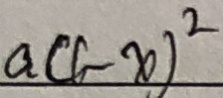
a ( C - x ) ^ { 2 }